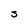
Character: S